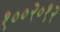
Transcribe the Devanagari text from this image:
१००२०१२